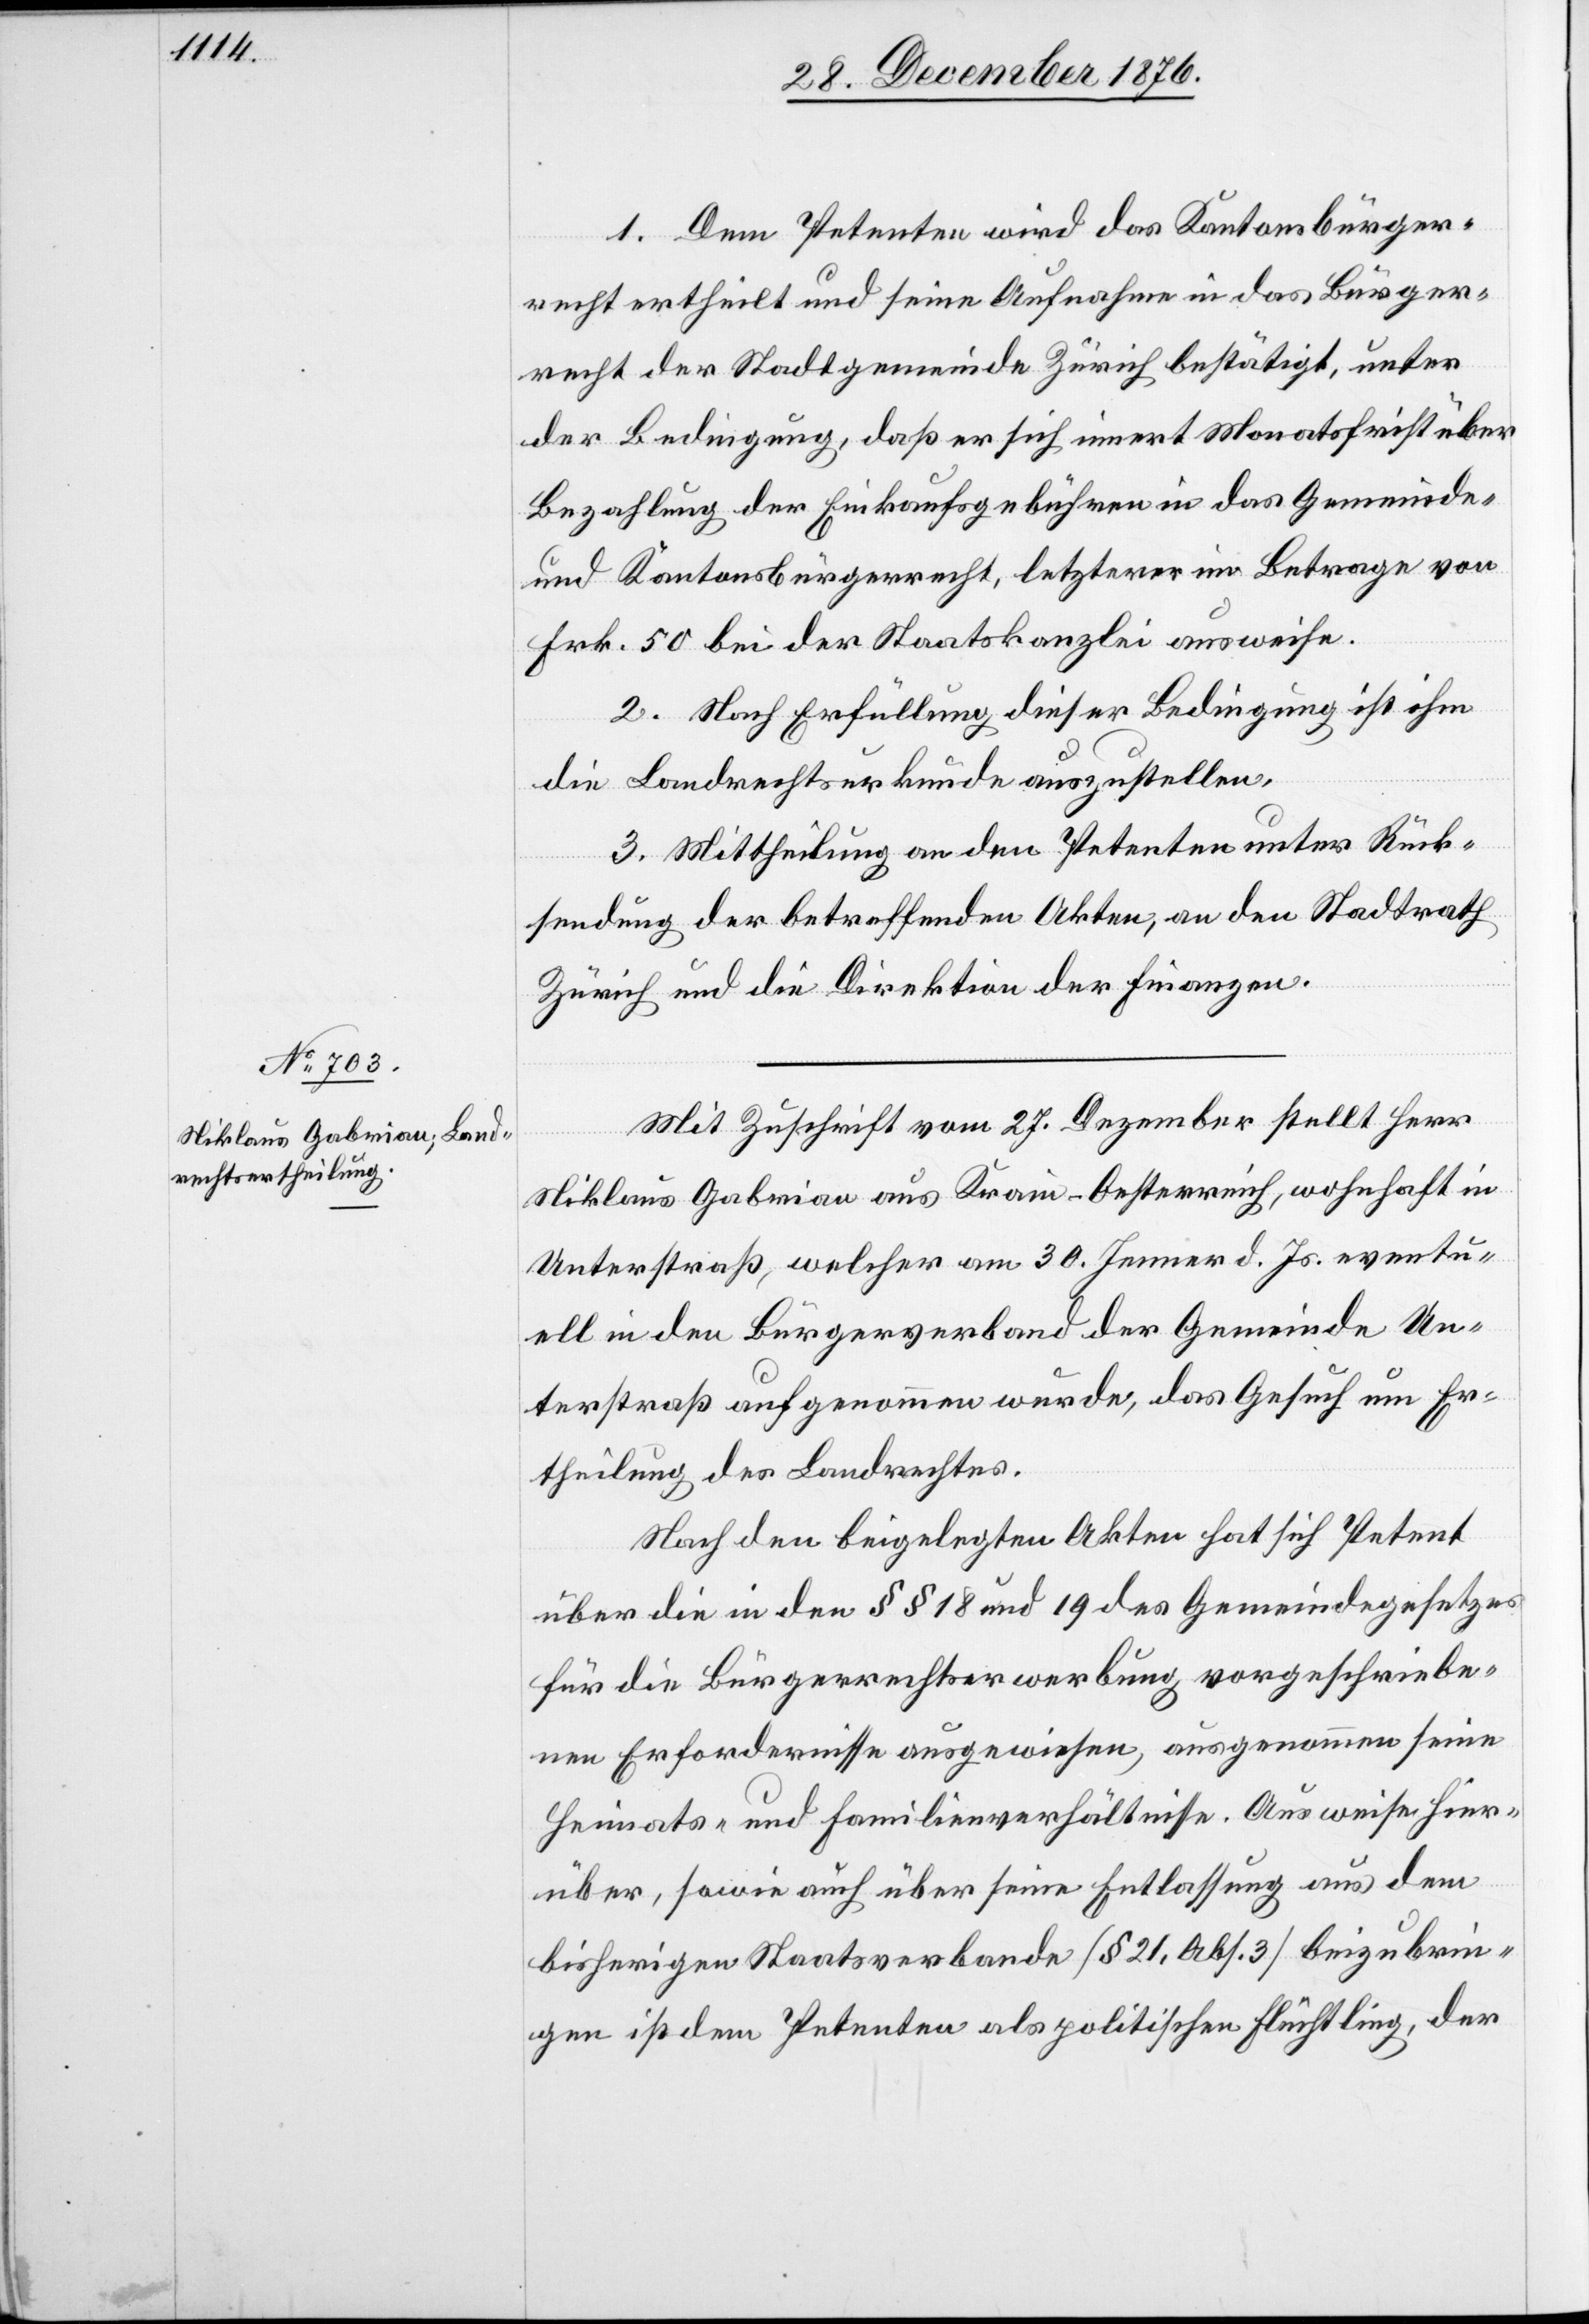
1. Dem Petenten wird das Kantonsbürger¬
recht ertheilt und seine Aufnahme in das Bürger¬
recht der Stadtgemeinde Zürich bestätigt, unter
der Bedingung, daß er sich innert Monatsfrist über
Bezahlung der Einkaufsgebühren in das Gemeinde-
und Kantonsbürgerrecht, letzterer im Betrage von
Frk. 50 bei der Staatskanzlei ausweise.
2. Nach Erfüllung dieser Bedingung ist ihm
die Landrechtsurkunde auszustellen.
3. Mittheilung an den Petenten unter Rück¬
sendung der betreffenden Akten, an den Stadtrath
Zürich und an die Direktion der Finanzen.